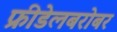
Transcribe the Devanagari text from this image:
फ्रीडेलबरोबर